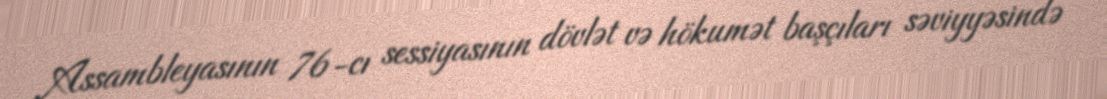
Assambleyasının 76-cı sessiyasının dövlət və hökumət başçıları səviyyəsində